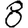
Digit: 8